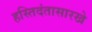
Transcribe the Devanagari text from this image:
हस्तिदंतासारखे